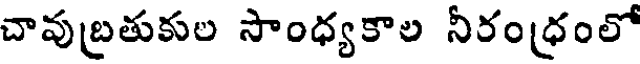
చావుబ్రతుకుల సాంధ్యకాల నీరంధ్రంలో